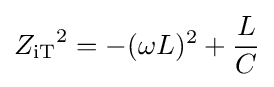
{Z_{\mathrm {iT} }}^{2}=-(\omega L)^{2}+{\frac {L}{C}}